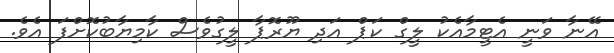
އޭނާ ވަނީ އެޓީމާއެކު ލީގް ކަޕް އަދި ޔޫރޮޕާ ލީގުވެސް ކާމިޔާބުކޮށްފަ އެވެ.